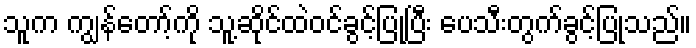
သူက ကျွန်တော့်ကို သူ့ဆိုင်ထဲဝင်ခွင့်ပြုပြီး ပေသီးတွက်ခွင့်ပြုသည်။